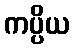
ကပ္ပိယ